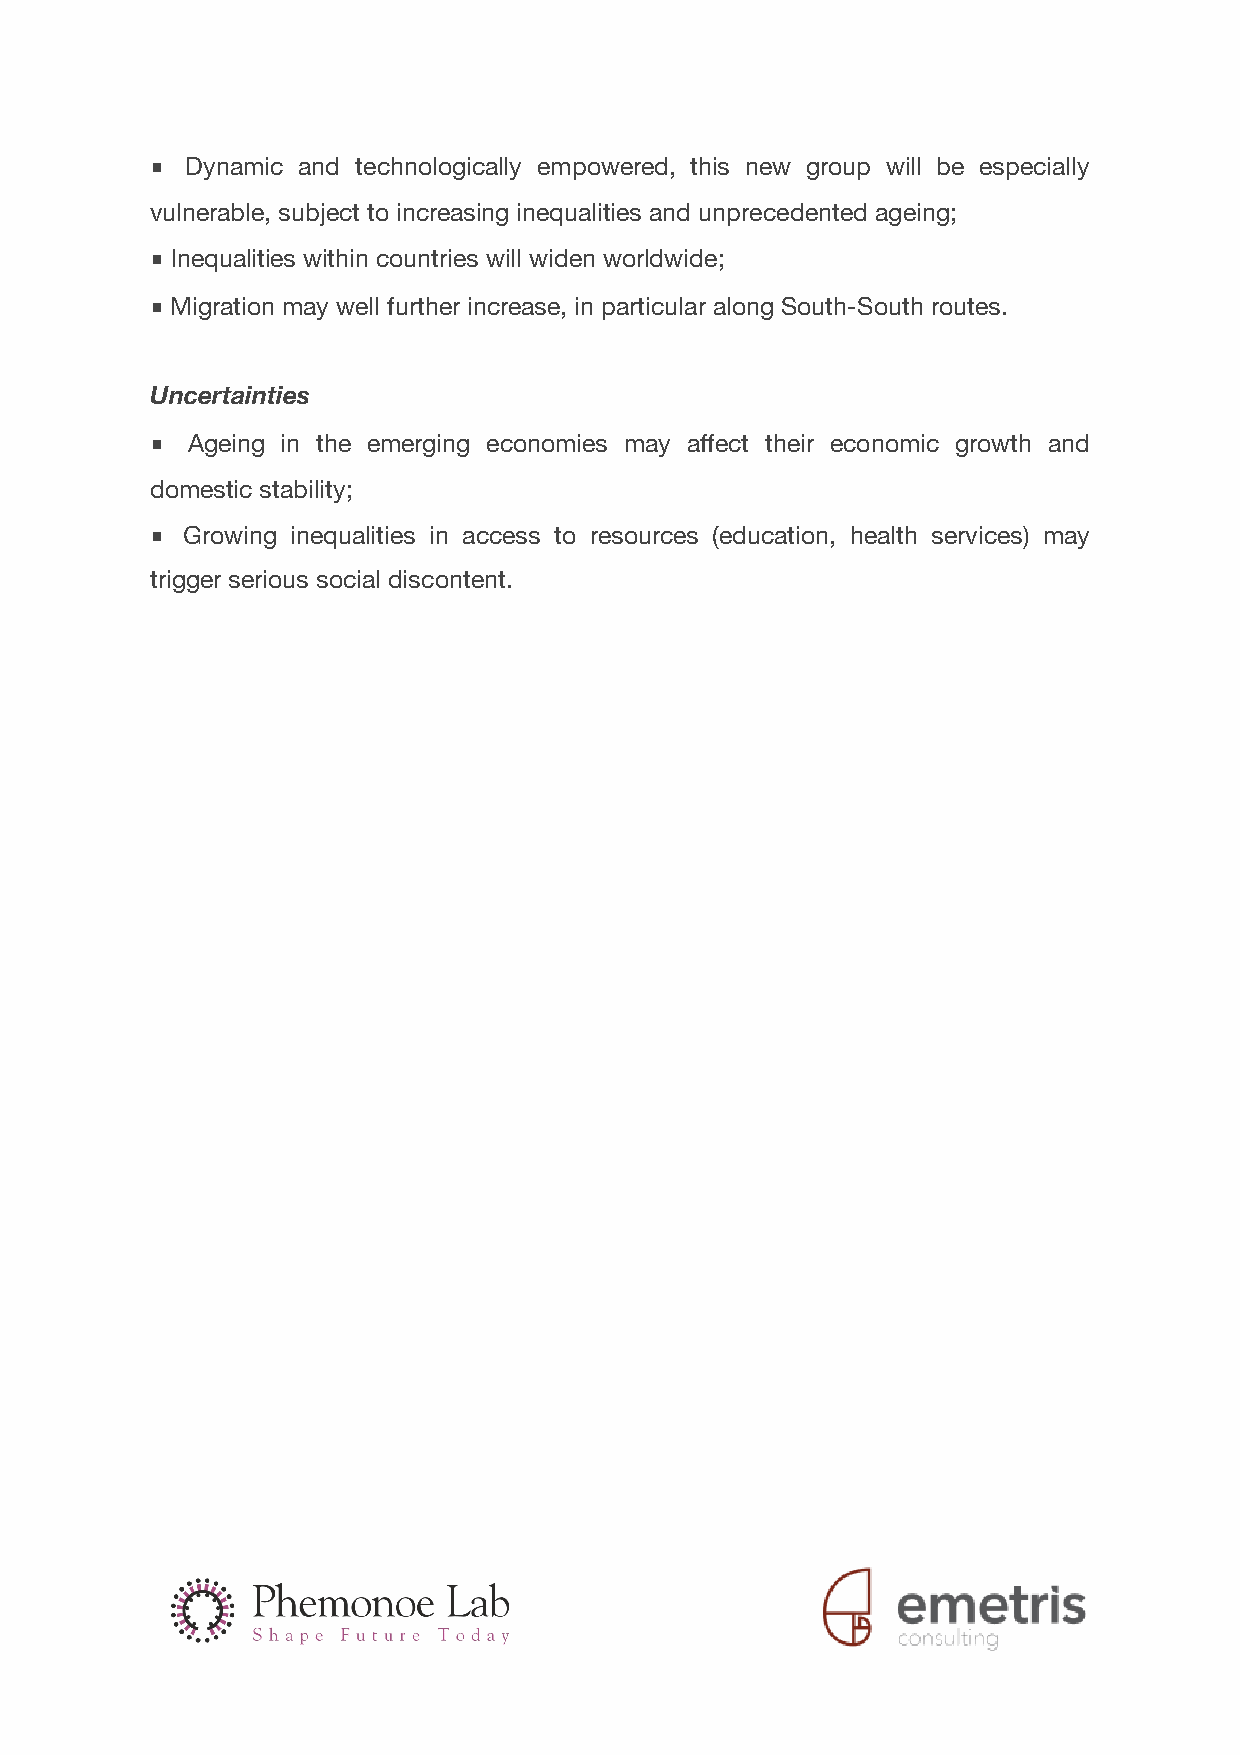
■ Dynamic and technologically empowered, this new group will be especially
 vulnerable, subject to increasing inequalities and unprecedented ageing;
 ■ Inequalities within countries will widen worldwide;
 ■ Migration may well further increase, in particular along South-South routes.
 Uncertainties
 ■ Ageing in the emerging economies may affect their economic growth and
 domestic stability;
 ■ Growing inequalities in access to resources (education, health services) may
 trigger serious social discontent.